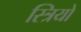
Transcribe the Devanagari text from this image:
स्‍त्रियों